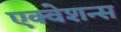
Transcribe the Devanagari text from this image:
एक्वेशन्स